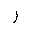
Letter: _ra